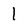
Character: l